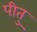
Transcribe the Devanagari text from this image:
पीतु